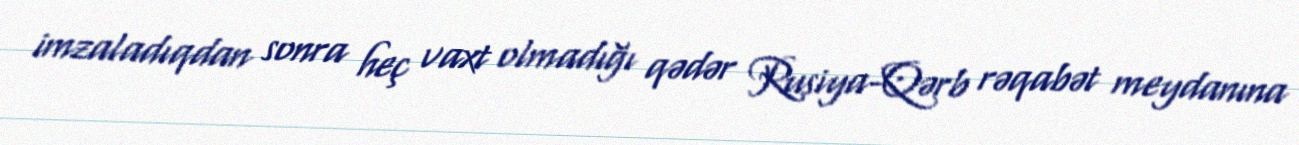
imzaladıqdan sonra heç vaxt olmadığı qədər Rusiya-Qərb rəqabət meydanına